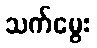
သက်မွေး